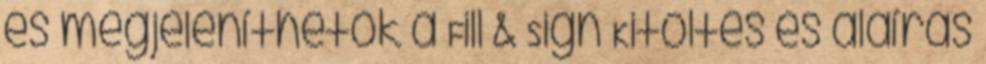
és megjeleníthetők a Fill & Sign Kitöltés és aláírás